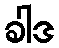
ခါဒ